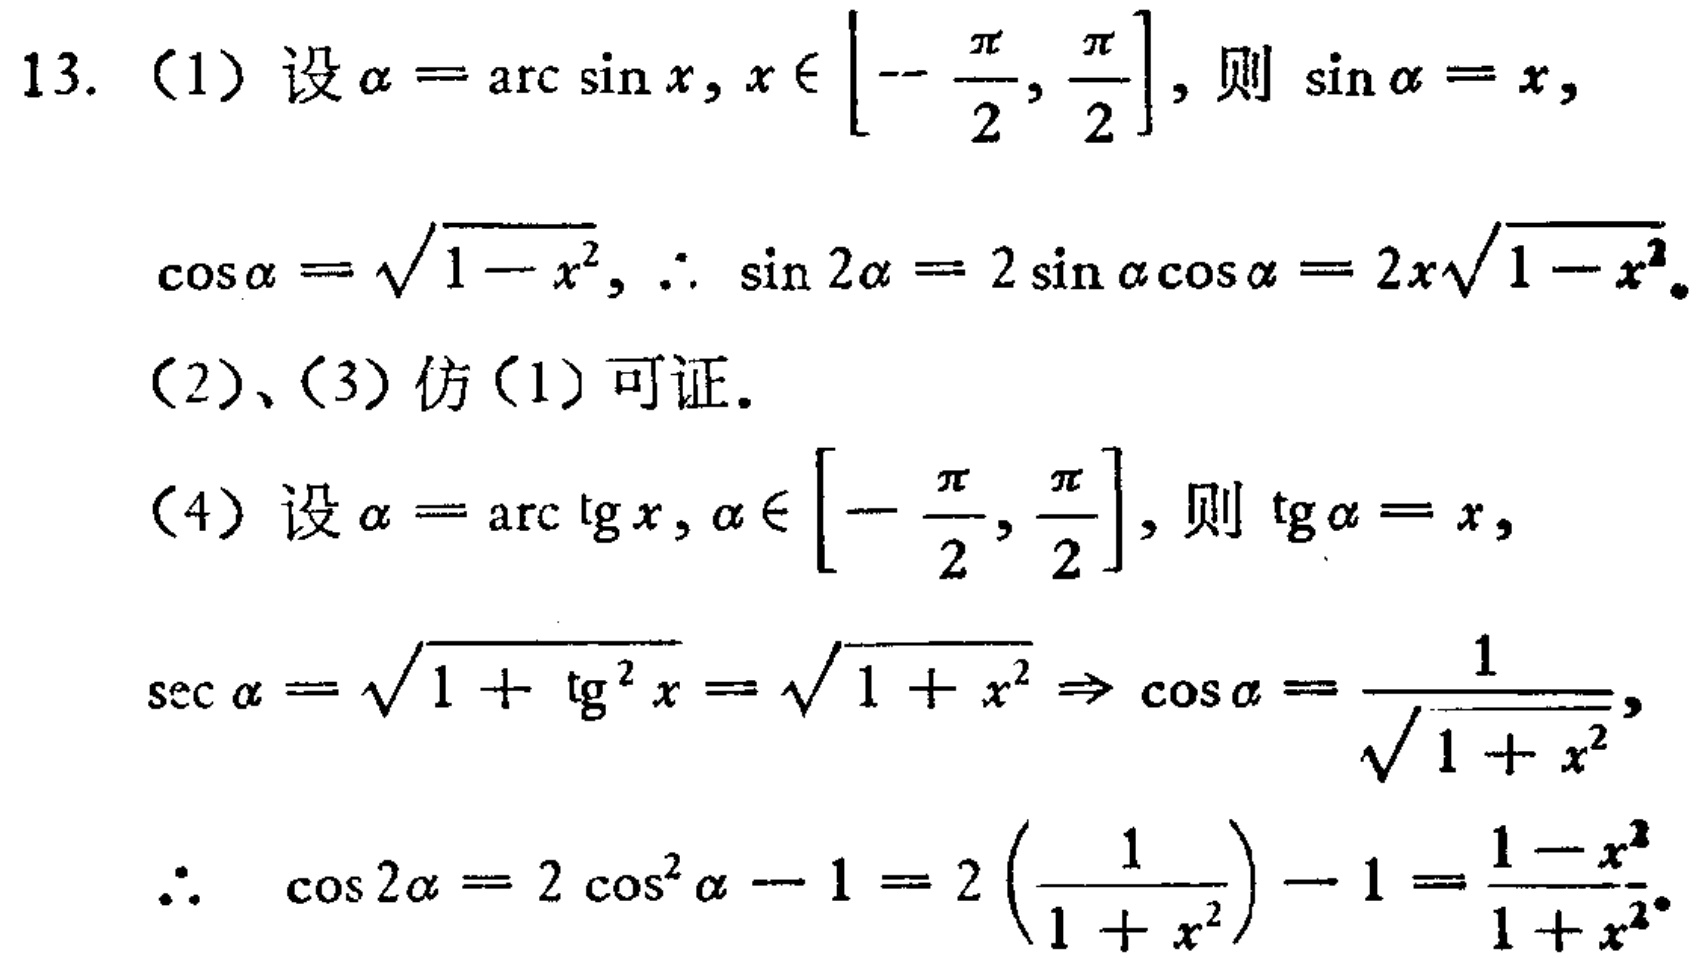
13. （1）设\(\alpha = \arcsin x, x \in \left[-\frac{\pi}{2}, \frac{\pi}{2}\right]\)，则\(\sin\alpha = x\)，
\(\cos\alpha = \sqrt{1 - x^{2}}, \therefore \sin 2\alpha = 2\sin\alpha\cos\alpha = 2x\sqrt{1 - x^{2}}\)。
（2）、（3）仿（1）可证。
（4）设\(\alpha = \arctan x, \alpha \in \left[-\frac{\pi}{2}, \frac{\pi}{2}\right]\)，则\(\tan\alpha = x\)，
\(\sec\alpha = \sqrt{1 + \tan^{2}x} = \sqrt{1 + x^{2}} \Rightarrow \cos\alpha = \frac{1}{\sqrt{1 + x^{2}}}\)，
\(\therefore \cos 2\alpha = 2\cos^{2}\alpha - 1 = 2\left(\frac{1}{1 + x^{2}}\right) - 1 = \frac{1 - x^{2}}{1 + x^{2}}\)。